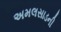
અમલસાડની